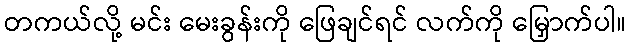
တကယ်လို့ မင်း မေးခွန်းကို ဖြေချင်ရင် လက်ကို မြှောက်ပါ။